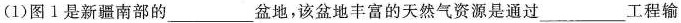
(1)图1是新疆南部的____盆地，该盆地丰富的天然气资源是通过_____工程输